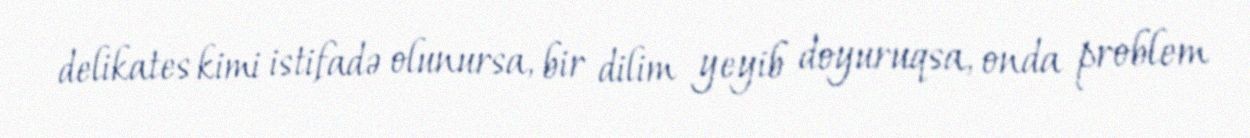
delikates kimi istifadə olunursa, bir dilim yeyib doyuruqsa, onda problem